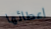
اعطائها